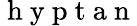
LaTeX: \mathrm{~h~y~p~t~a~n~}